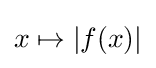
x\mapsto |f(x)|